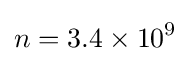
n=3.4\times 10^{9}